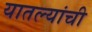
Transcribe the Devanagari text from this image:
यातल्यांची